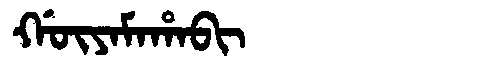
Manchu: ᡤᡡᠶᠠᠮᠠᡥᠠᠪᡳ
Romanization: GŪYAMAHABI